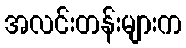
အလင်းတန်းများက